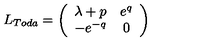
L _ { T o d a } = \left( \begin{array} { c c } { \lambda + p } & { e ^ { q } } \\ { - e ^ { - q } } & { 0 } \\ \end{array} \right)